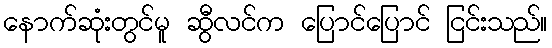
နောက်ဆုံးတွင်မူ ဆွီလင်က ပြောင်ပြောင် ငြင်းသည်။